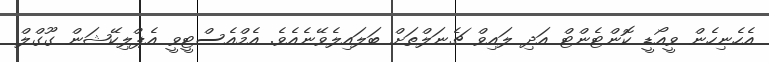
އެހެނިހެން ވީއޯޑީ ކޮންޓެންޓް އަދި ލައިވް ޗެނަލްތަށް ބަލައިލެވޭނެއެވެ. އެމްއެސްޓީވީ އެޕްލިކޭޝަން ގޫގްލް